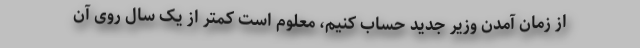
از زمان آمدن وزیر جدید حساب کنیم، معلوم است کمتر از یک سال روی آن